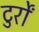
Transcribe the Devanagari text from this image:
टुर्रों